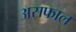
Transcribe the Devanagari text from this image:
असफाल